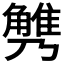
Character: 𧤪